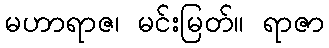
မဟာရာဇ၊ မင်းမြတ်။ ရာဇာ